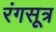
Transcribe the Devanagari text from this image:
रंगसूत्र